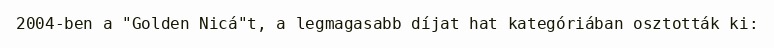
2004-ben a "Golden Nicá"t, a legmagasabb díjat hat kategóriában osztották ki: